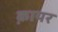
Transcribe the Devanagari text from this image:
क़ायर